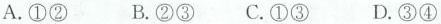
A.①② B.②③ C.①③ D.③④